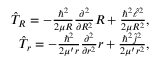
\begin{array} { r } { \hat { T } _ { R } = - \frac { \hbar ^ { 2 } } { 2 \mu R } \frac { \partial ^ { 2 } } { \partial R ^ { 2 } } R + \frac { \hbar ^ { 2 } \hat { \ell } ^ { 2 } } { 2 \mu R ^ { 2 } } , } \\ { \hat { T } _ { r } = - \frac { \hbar ^ { 2 } } { 2 \mu ^ { \prime } r } \frac { \partial ^ { 2 } } { \partial r ^ { 2 } } r + \frac { \hbar ^ { 2 } \hat { j } ^ { 2 } } { 2 \mu ^ { \prime } r ^ { 2 } } , } \end{array}